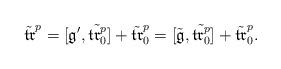
LaTeX: \begin{align*}\tilde{\mathfrak {tr}}^p =[\mathfrak g', \tilde{\mathfrak{tr}^p_0}]+\tilde{\mathfrak{tr}}^p_0=[\tilde{\mathfrak g}, \tilde{\mathfrak{tr}^p_0}]+\tilde{\mathfrak{tr}}^p_0. \end{align*}